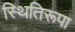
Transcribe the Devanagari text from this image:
स्थितिरूपा